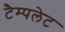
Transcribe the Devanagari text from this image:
टैम्पलेट